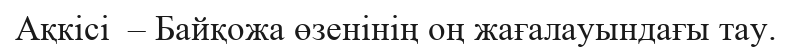
Ақкісі  – Байқожа өзенінің оң жағалауындағы тау.